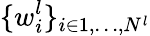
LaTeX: \{ w_{i}^{l}\} _{i\in 1,\dots,N^{l}}